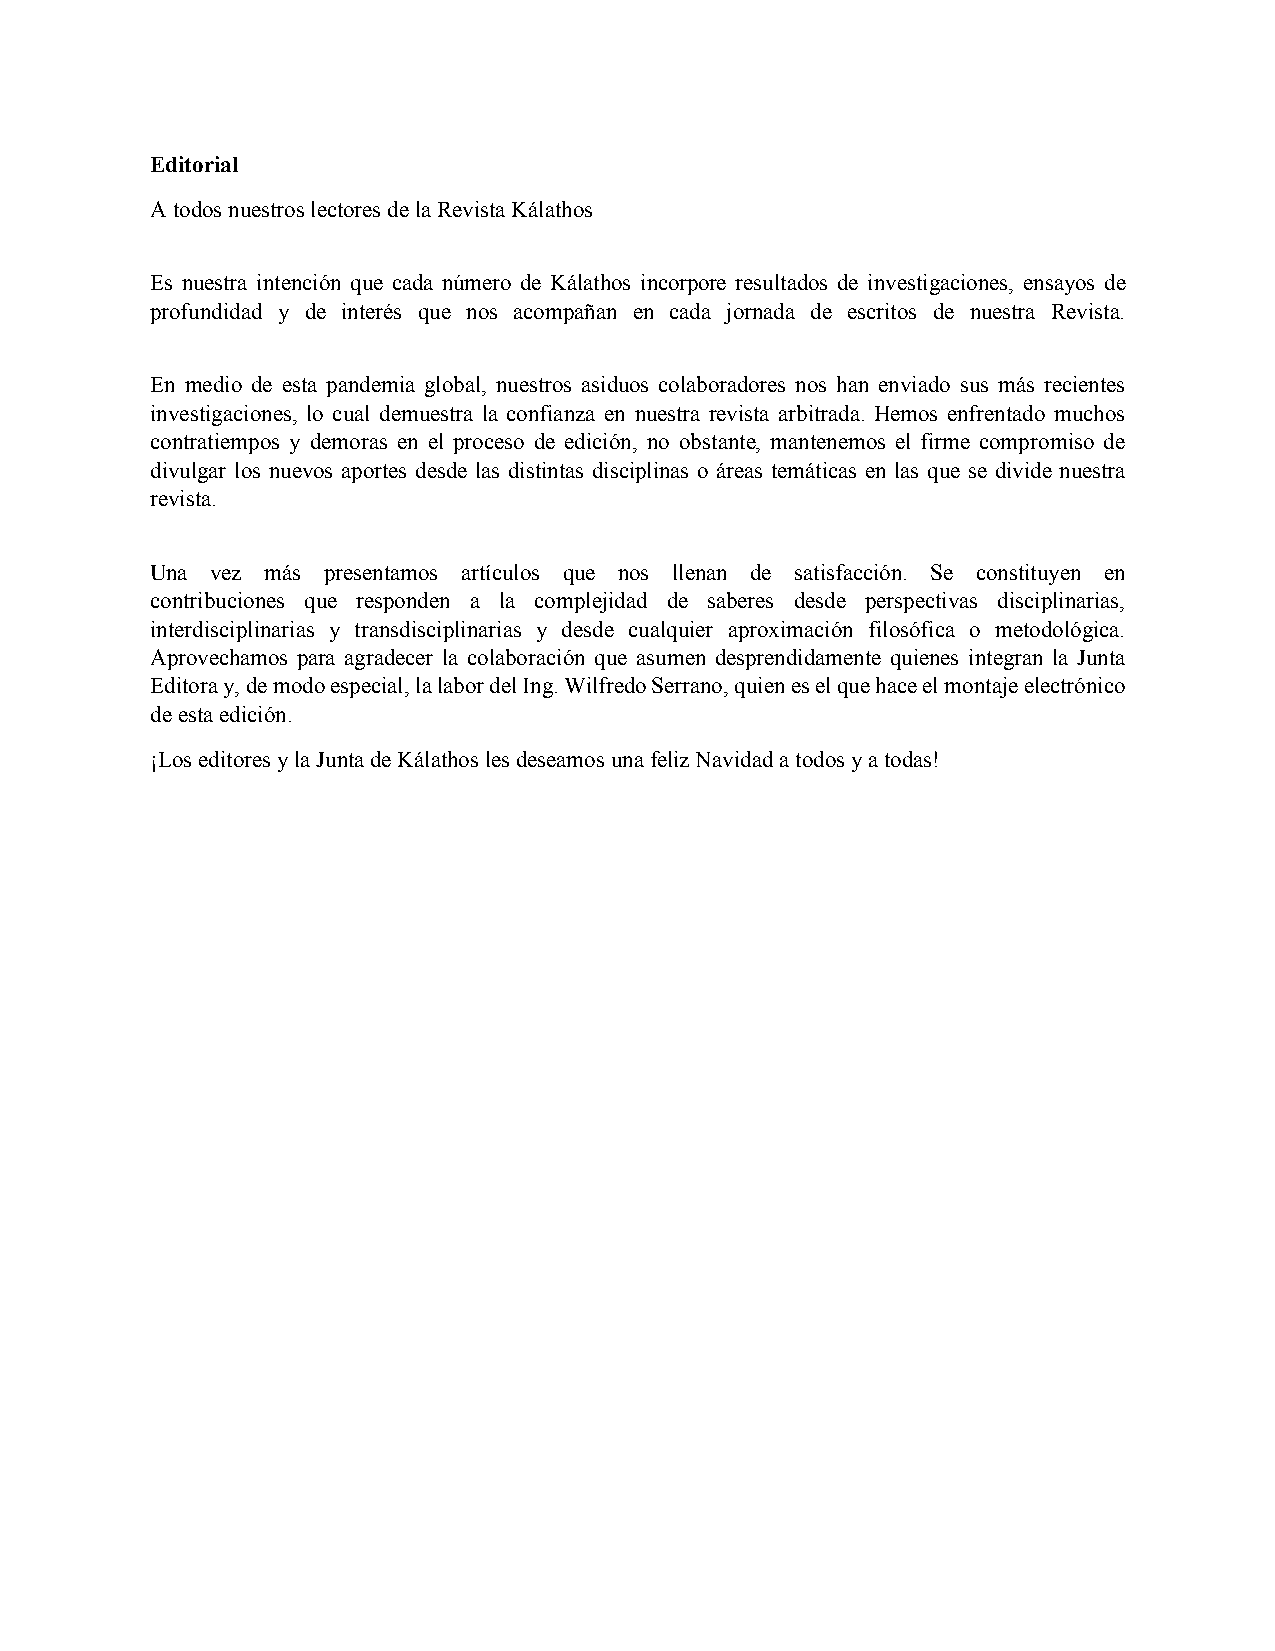
Editorial
 A todos nuestros lectores de la Revista Kálathos
 Es nuestra intención que cada número de Kálathos incorpore resultados de investigaciones, ensayos de
 profundidad y de interés que nos acompañan en cada jornada de escritos de nuestra Revista.
 En medio de esta pandemia global, nuestros asiduos colaboradores nos han enviado sus más recientes
 investigaciones, lo cual demuestra la confianza en nuestra revista arbitrada. Hemos enfrentado muchos
 contratiempos y demoras en el proceso de edición, no obstante, mantenemos el firme compromiso de
 divulgar los nuevos aportes desde las distintas disciplinas o áreas temáticas en las que se divide nuestra
 revista.
 Una vez más presentamos artículos que nos llenan de satisfacción. Se constituyen en
 contribuciones que responden a la complejidad de saberes desde perspectivas disciplinarias,
 interdisciplinarias y transdisciplinarias y desde cualquier aproximación filosófica o metodológica.
 Aprovechamos para agradecer la colaboración que asumen desprendidamente quienes integran la Junta
 Editora y, de modo especial, la labor del Ing. Wilfredo Serrano, quien es el que hace el montaje electrónico
 de esta edición.
 ¡Los editores y la Junta de Kálathos les deseamos una feliz Navidad a todos y a todas!